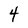
Character: 4